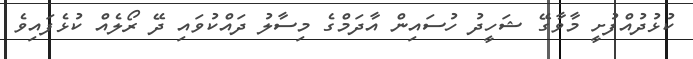
ކުޅުދުއްފުށީ މާވާގޭ ޝަހީދު ހުސައިން އާދަމްގެ މިސާލު ދައްކުވައި ދޭ ރޯލެއް ކުޅެފައިވެ